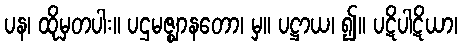
ပန၊ ထိုမှတပါး။ ပဌမဇ္ဈာနတော၊ မှ။ ပဋ္ဌာယ၊ ၍။ ပဋိပါဋိယာ၊